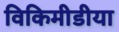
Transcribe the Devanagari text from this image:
विकिमीडीया